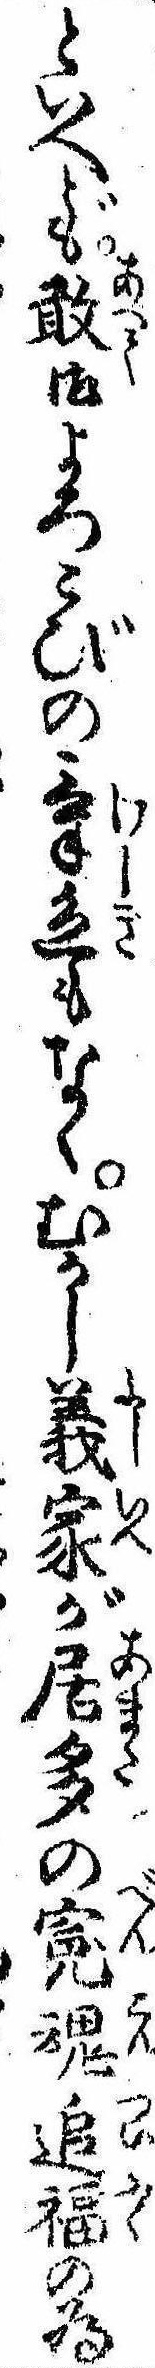
といへども敢御よろこびの気色もなくむかし義家が居多の冤魂追福の為